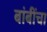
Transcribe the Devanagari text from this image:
बांबींचा